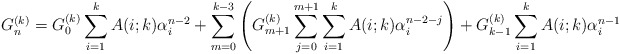
\begin{align*}G_n^{(k)} = G_0^{(k)} \displaystyle \sum_{i=1}^{k}A(i;k)\alpha_i^{n-2}+ \displaystyle \sum_{m=0}^{k-3}\left( G_{m+1}^{(k)} \displaystyle \sum_{j=0}^{m+1} \displaystyle \sum_{i=1}^{k} A(i;k)\alpha_i^{n-2-j} \right) + G_{k-1}^{(k)} \displaystyle \sum_{i=1}^{k}A(i;k)\alpha_i^{n-1} \end{align*}